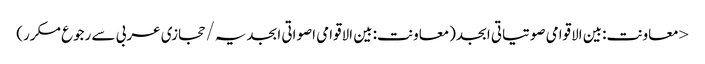
< معاونت:بین الاقوامی صوتیاتی ابجد(معاونت:بین الاقوامی اصواتی ابجدیہ/حجازی عربی سے رجوع مکرر)